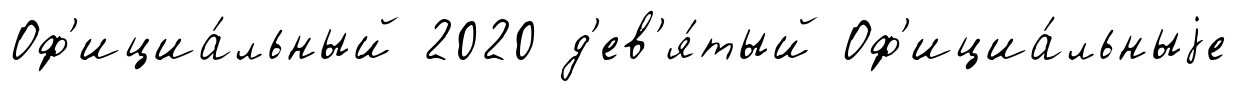
Оф'ициа́льный 2020 д'ев'я́тый Оф'ициа́льныjе